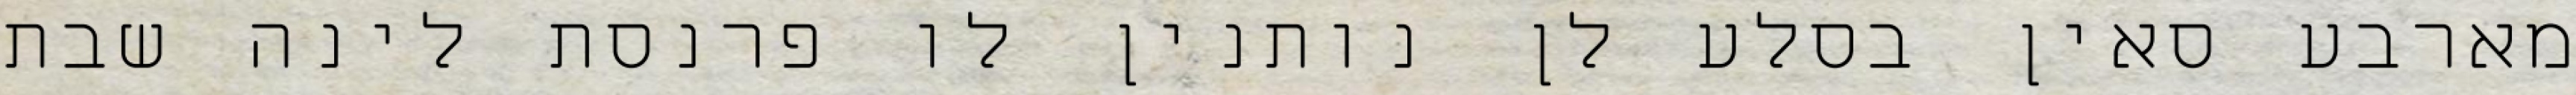
מארבע סאין בסלע לן נותנין לו פרנסת לינה שבת